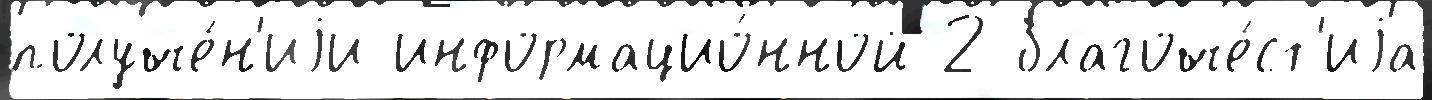
получе́н'иjи информацио́нной 2 благоче́ст'иjа